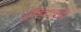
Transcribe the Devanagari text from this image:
हॉस्पिटलश्री